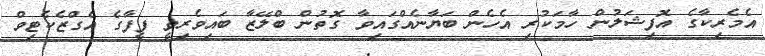
އެމެރިކާގެ އޮފިޝަލުން ހާމަކުރި އެހެން ބަޔާނެއްގައިވާ ގޮތުން ބްލޭޒާ ބައިވެރިވީ ފީފާގެ އެގްޒެކެޓިވް